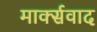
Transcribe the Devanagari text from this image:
मार्क्‍सवाद